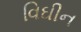
વિઘીન